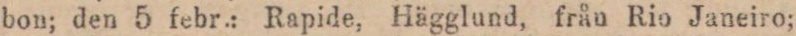
bon; den 5 febr.: Rapide, Hägglund, från Rio Janeiro;